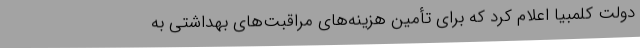
دولت کلمبیا اعلام کرد که برای تأمین هزینه‌های مراقبت‌های بهداشتی به